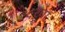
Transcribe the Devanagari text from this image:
८२वा